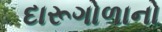
દારૂગોળાનો